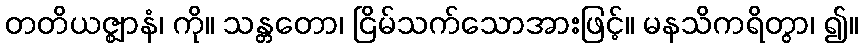
တတိယဇ္ဈာနံ၊ ကို။ သန္တတော၊ ငြိမ်သက်သောအားဖြင့်။ မနသိကရိတွာ၊ ၍။